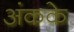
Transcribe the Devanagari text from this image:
अंकके